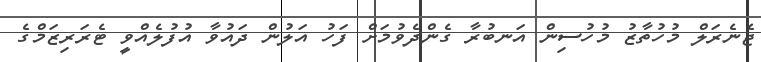
ޖެނެރަލް މުހުތާޒު މުހުސިން އަނބުރާ ގެންދެވުމަށް ފަހު އަލުން ދައުވާ އުފުލެއްވީ ޓެރަރިޒަމްގެ